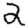
Digit: 2